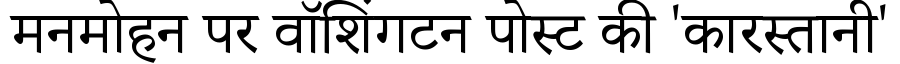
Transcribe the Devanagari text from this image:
मनमोहन पर वॉशिंगटन पोस्ट की 'कारस्तानी'